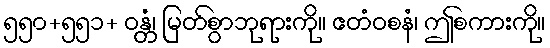
၅၅၀+၅၅၁+ ဝန္တံ၊ မြတ်စွာဘုရားကို။ ဧတံဝစနံ၊ ဤစကားကို။